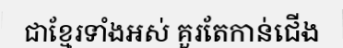
ជាខ្មែរទាំងអស់ គួរតែកាន់ជើង